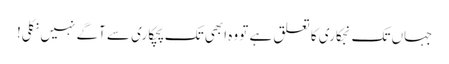
جہاں تک نجکاری کا تعلق ہے تو وہ ابھی تک پچکاری سے آگے نہیں نکلی!